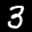
Label: 3